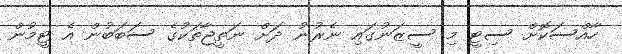
ހާއްސަކޮށް ސިޓީ މި ސީޒަނުގައި ނެރުނު ދަށް ނަތީޖާތަކުގެ ސަބަބުން އެ ޓީމުން